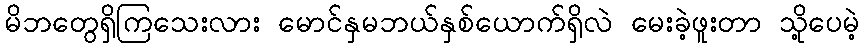
မိဘတွေရှိကြသေးလား မောင်နှမဘယ်နှစ်ယောက်ရှိလဲ မေးခဲ့ဖူးတာ သို့ပေမဲ့